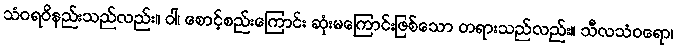
သံဝရဝိနည်းသည်လည်း။ ဝါ၊ စောင့်စည်းကြောင်း ဆုံးမကြောင်းဖြစ်သော တရားသည်လည်း။ သီလသံဝရော၊